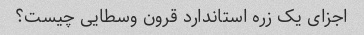
اجزای یک زره استاندارد قرون وسطایی چیست؟